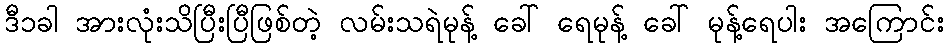
ဒီ၁ခါ အားလုံးသိပြီးပြီဖြစ်တဲ့ လမ်းသရဲမုန့် ခေါ် ရေမုန့် ခေါ် မုန့်ရေပါး အကြောင်း